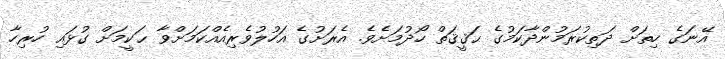
އޭނަގެ ހިތަށް ދަތިކުރަމުންދާކަމުގެ ޙަޤީޤަތް ހޯދުމަށެވެ. އެރަށުގެ އަހުލުވެރިއެއްކަމަށްވާ ޙަކީމަށް ގުޅައި ހުރިހާ